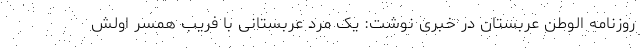
روزنامه الوطن عربستان در خبری نوشت: یک مرد عربستانی با فریب همسر اولش